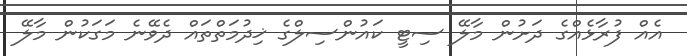
އެއް ފުރާޅެއްގެ ދަށުން މާލޭ ސިޓީ ކައުންސިލްގެ ޚިދުމަތްތައް ދެވޭނެ މަގަކުން މާލޭ